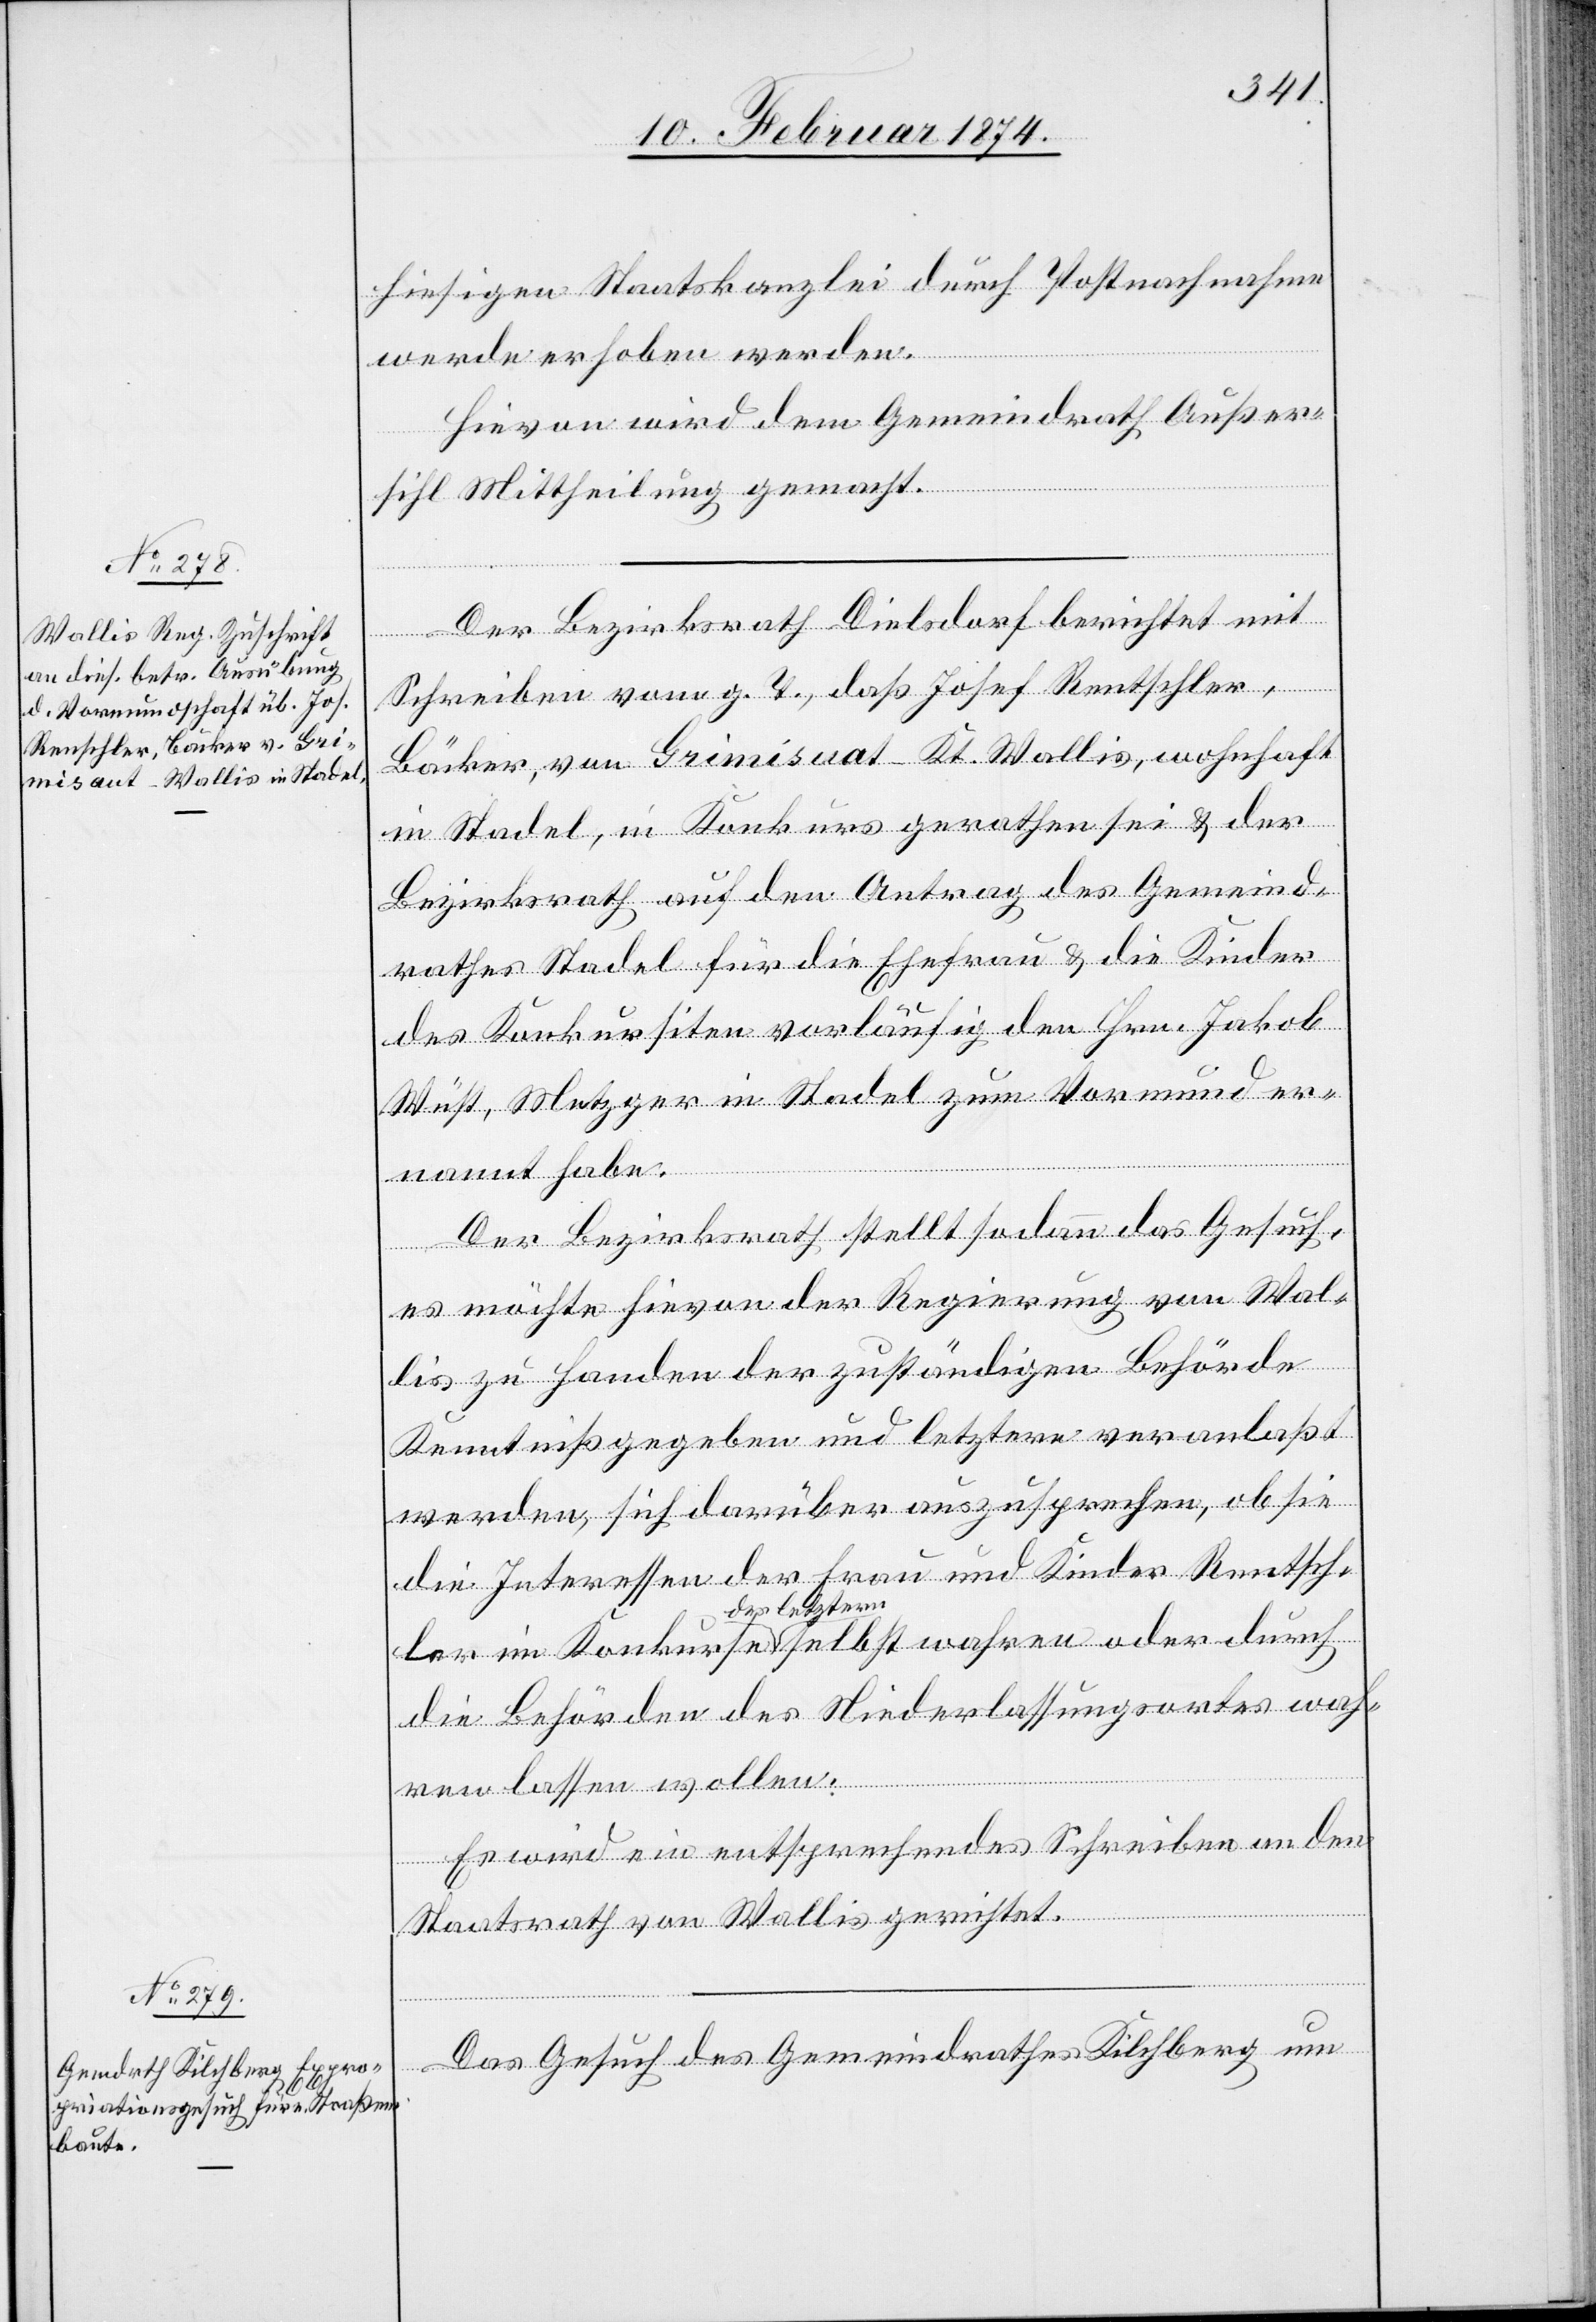
12. Februar 1874.]
hiesigen Staatskanzlei durch Postnachnahme
werde erhoben werden.
Hievon wird dem Gemeindrath Außer¬
sihl Mittheilung gemacht.
Der Bezirksrath Dielsdorf berichtet mit
Schreiben vom g. T., daß Josef Rentschler
Bäcker, von Grimisuat [sic!] - Kt. Wallis, wohnhaft
in Stadel, in Konkurs gerathen sei u. der
Bezirksrath auf den Antrag des Gemeind¬
rathes Stadel für die Ehefrau u. die Kinder
des Konkursiten vorläufig den Hrn. Jakob
Wüst, Metzger in Stadel zum Vormund er¬
nannt habe.
Der Bezirksrath stellt sodann das Gesuch,
es möchte hievon der Regierung von Wal¬
wahren
lis zu Handen der zuständigen Behörde
Kenntniß gegeben und letztere veranlaßt
werden, sich darüber auszusprechen, ob sie
die Interessen der Frau und Kinder Rentsch¬
letztern
oder
die Behörden des Niederlassungsamtes wah¬
ren lassen wollen.
Es wird ein entsprechendes Schreiben an den
Staatsrath von Wallis gerichtet.
Das Gesuch des Gemeindrathes Kilchberg um
durch